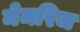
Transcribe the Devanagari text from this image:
मेमरिज